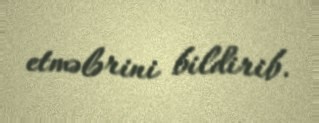
etmələrini bildirib.